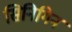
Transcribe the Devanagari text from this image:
सिनिगिन